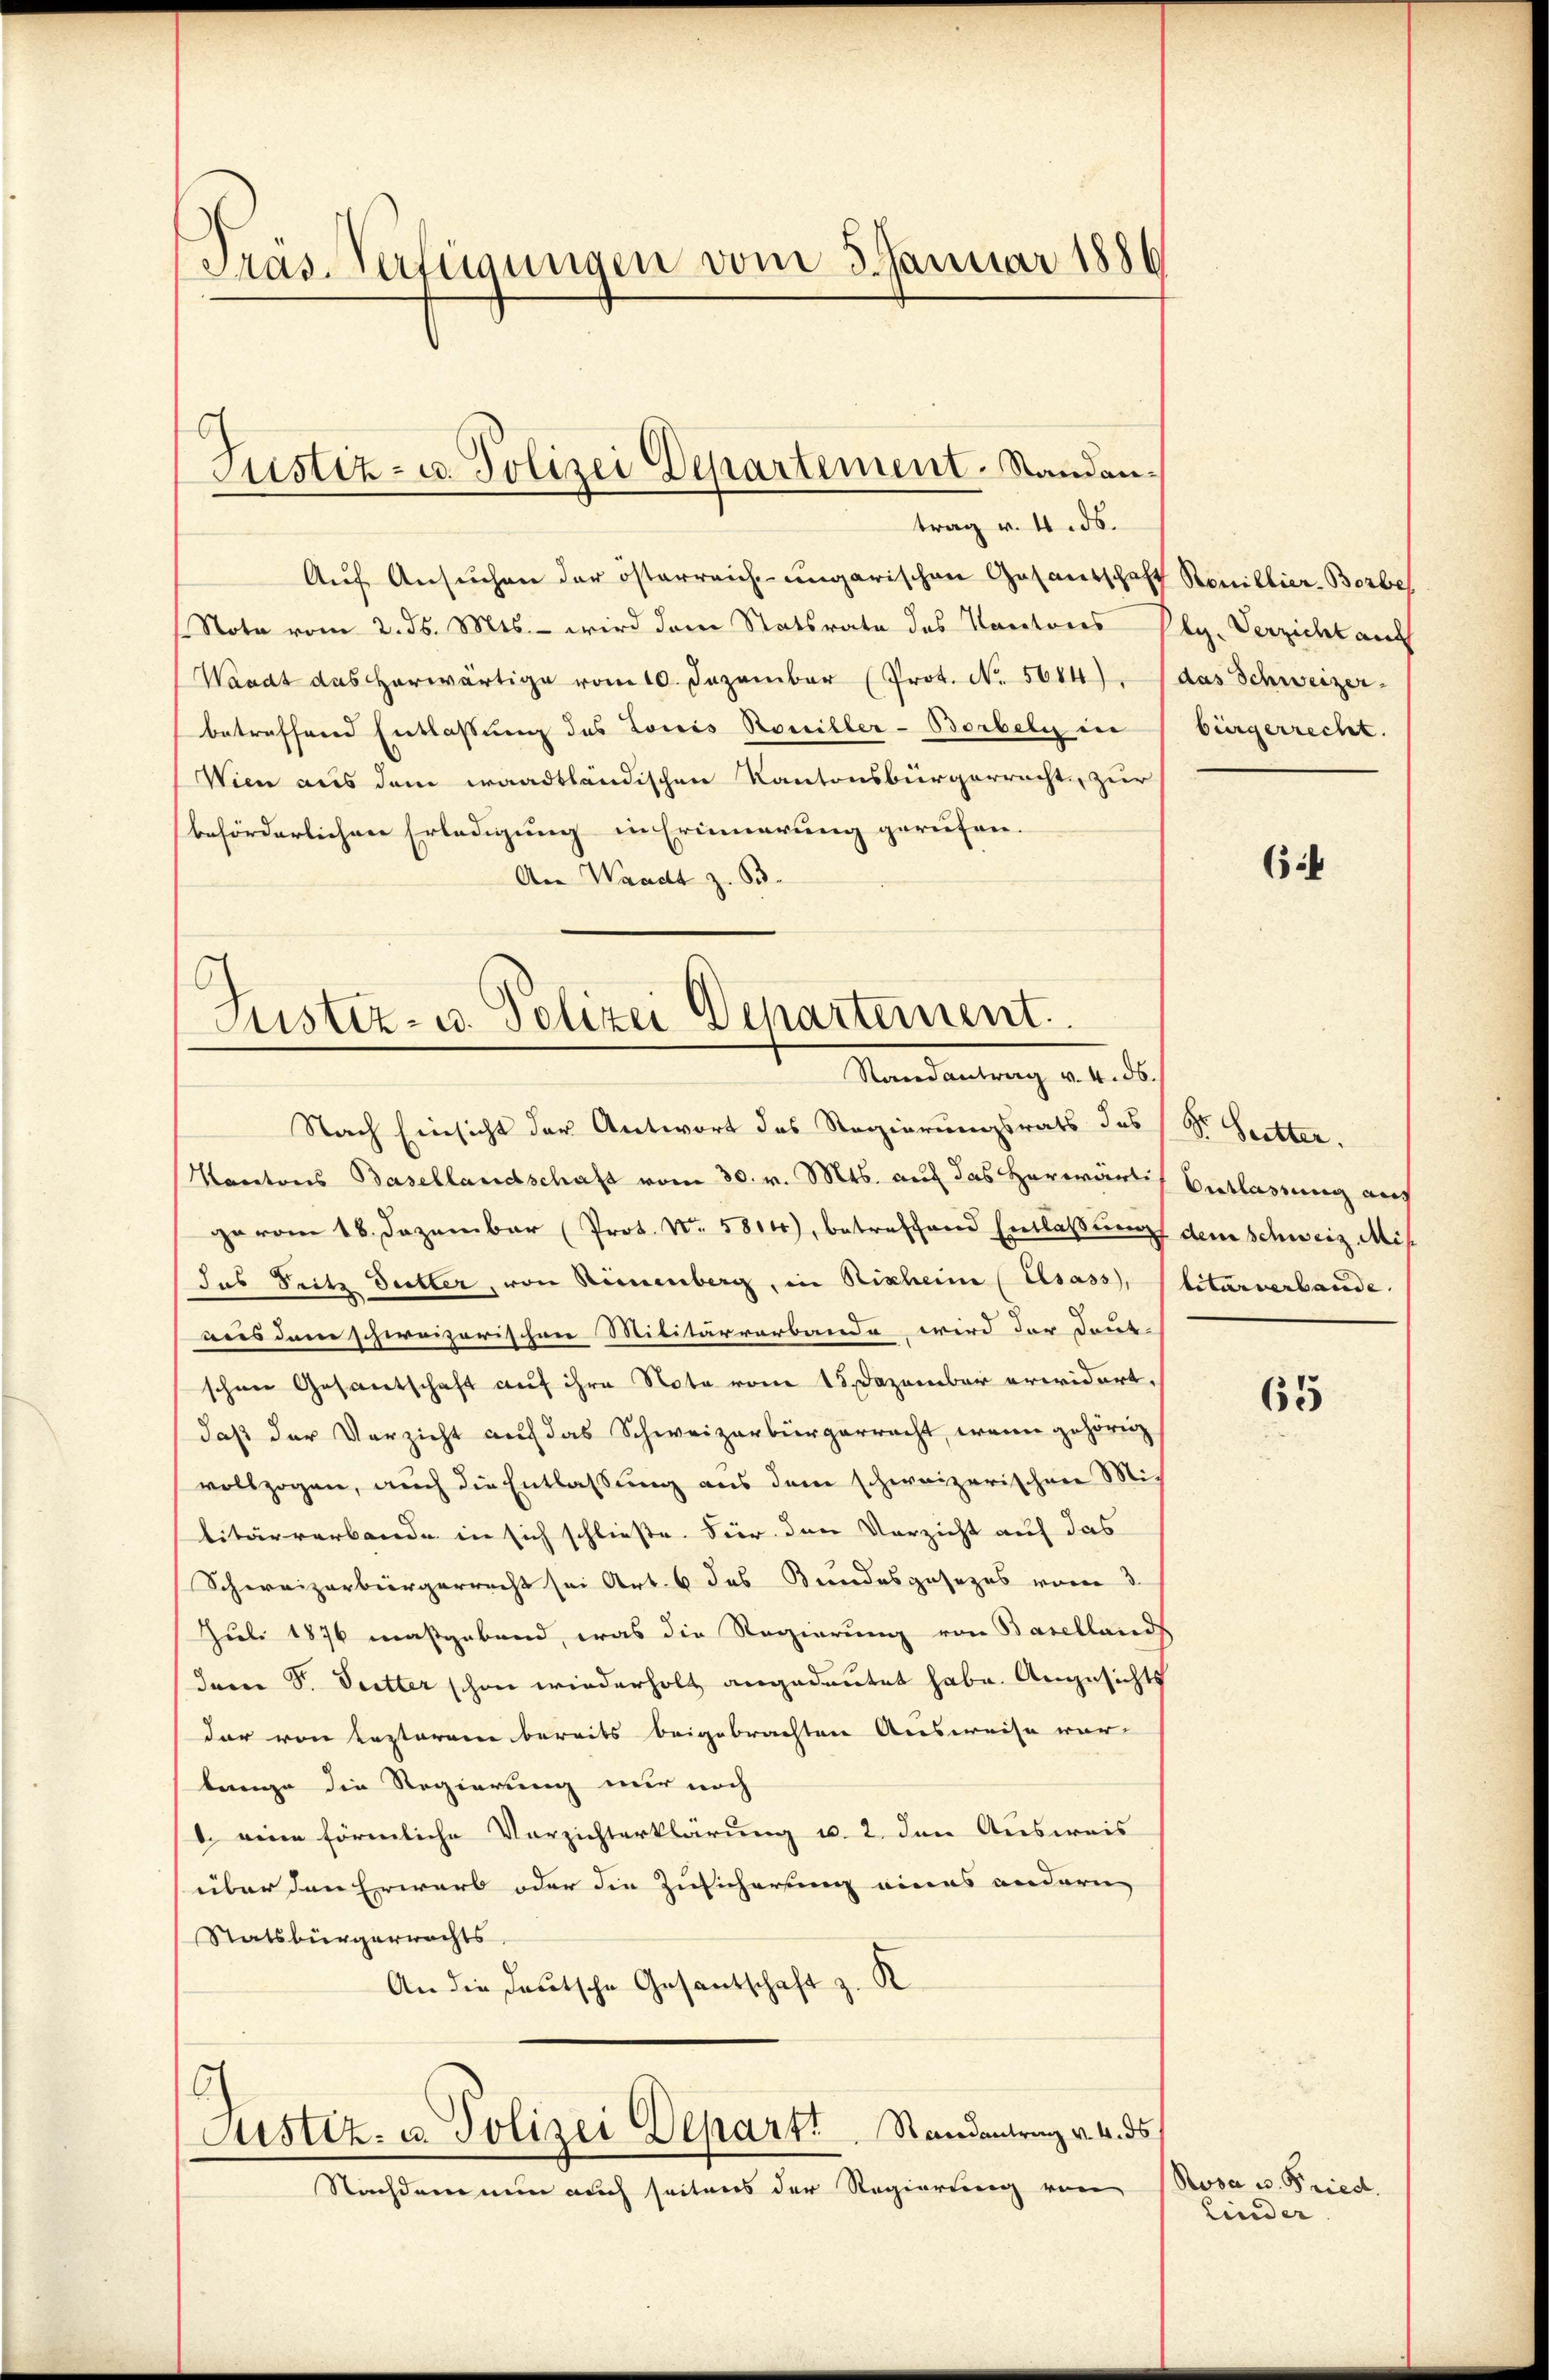
Präs. Verfügungen vom 3. Januar 1886

trag v. 4. ds.
Auf Ansuchen der österreich-ungarischen Gasantschaft Renillier-Borbeh
Note vom 2. ds. Mts. – wird dem Statsrate des Kantons Plg. Verzicht auf
(Waadt das herwärtige vom 10. Dezember (Prot. No. 5684), das Schweizer-
betreffend Entlassung des Loris Rosilber-Borbely in
Wien aus dem waadtländischen Kantonsbürgerrecht zur
beförderlichen Erledigung in Erinnerung gerufen.
An Waadt z. B.

Justiz- u. Polizei Departement-Standan¬

Juster- u. Polizei Departement.
Randantrag v. 4. 56.

Justiz- u. Polizei Depart. Randantrag v. 4. ds

Nachdem nun auch seitens der Regierung von

bürgerrecht.

Nach Einsicht der Antwort des Regierungsrats des Dr. Seitter.
Kantons Basellandschaft vom 30. v. Mts. auf das Herwärtis Entlassung auch
ge vom 18. Dezember (Prot. No. 5814), betreffend Entlaßung dem Schweiz Misdas Seitz Sutter, von Sinnenberg, in Rischeine Elsass, litärverbande.
aus dem schweizerischen Militärverbande wird der deut-
schner Gesantschaft auf ihre Note vom 15. Dezember erwidert.
daß der Verzicht auf das Schweizerbürgerracht, wenn gehörig
vollzogen, auch die Entlassung aus dem schweizerischen Mi
litärverbande in sich schliesse. Für den Verzicht auf das
Schweizerbürgerrecht sei Art. 6 des Bundesgesezes vom 3.
Juli 1876 maßgebend, was die Regierung von Baselland
Juren S. Seitter schon wiederholt angedeutet habe. Angesichts
dar von Kaptorene bereits beigebrachten Ausweise war-
lange die Regierung nur noch
b. eine förmliche Verzichterklärung u. 2. den Ausweis
über den Erwarb oder die Zusicherung eines andern,
Statsbürgerrechts
An die deutsche Gesantschaft z. R.

64

65

Rosa u. Fried.
Linder